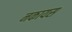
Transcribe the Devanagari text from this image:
नकायस